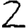
Digit: 2